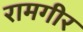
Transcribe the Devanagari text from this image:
रामगीर